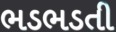
ભડભડતી